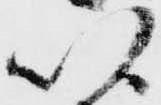
以